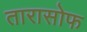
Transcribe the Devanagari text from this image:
तारासोफ